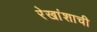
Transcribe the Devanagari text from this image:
रेखांशाची